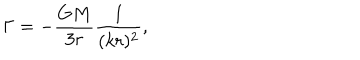
\Gamma = - { \frac { G M } { 3 r } } { \frac { 1 } { ( k r ) ^ { 2 } } } ,